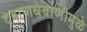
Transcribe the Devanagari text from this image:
देवाणघेवाणीमुळे